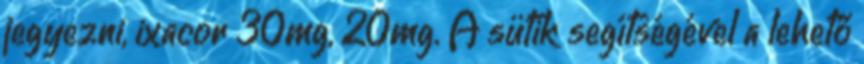
jegyezni, ixacor 30mg, 20mg. A sütik segítségével a lehető